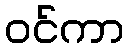
ဝင်ကာ